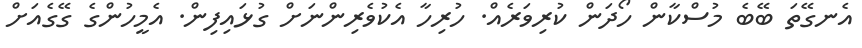
އެނގޭތަ ބޭބެ މުސްކާން ހޯދަން ކުރިވަރެއް. ހުރިހާ އެކުވެރިންނަށް ގުޅައިފިން. އެމީހުންގެ ގޭގެއަށް